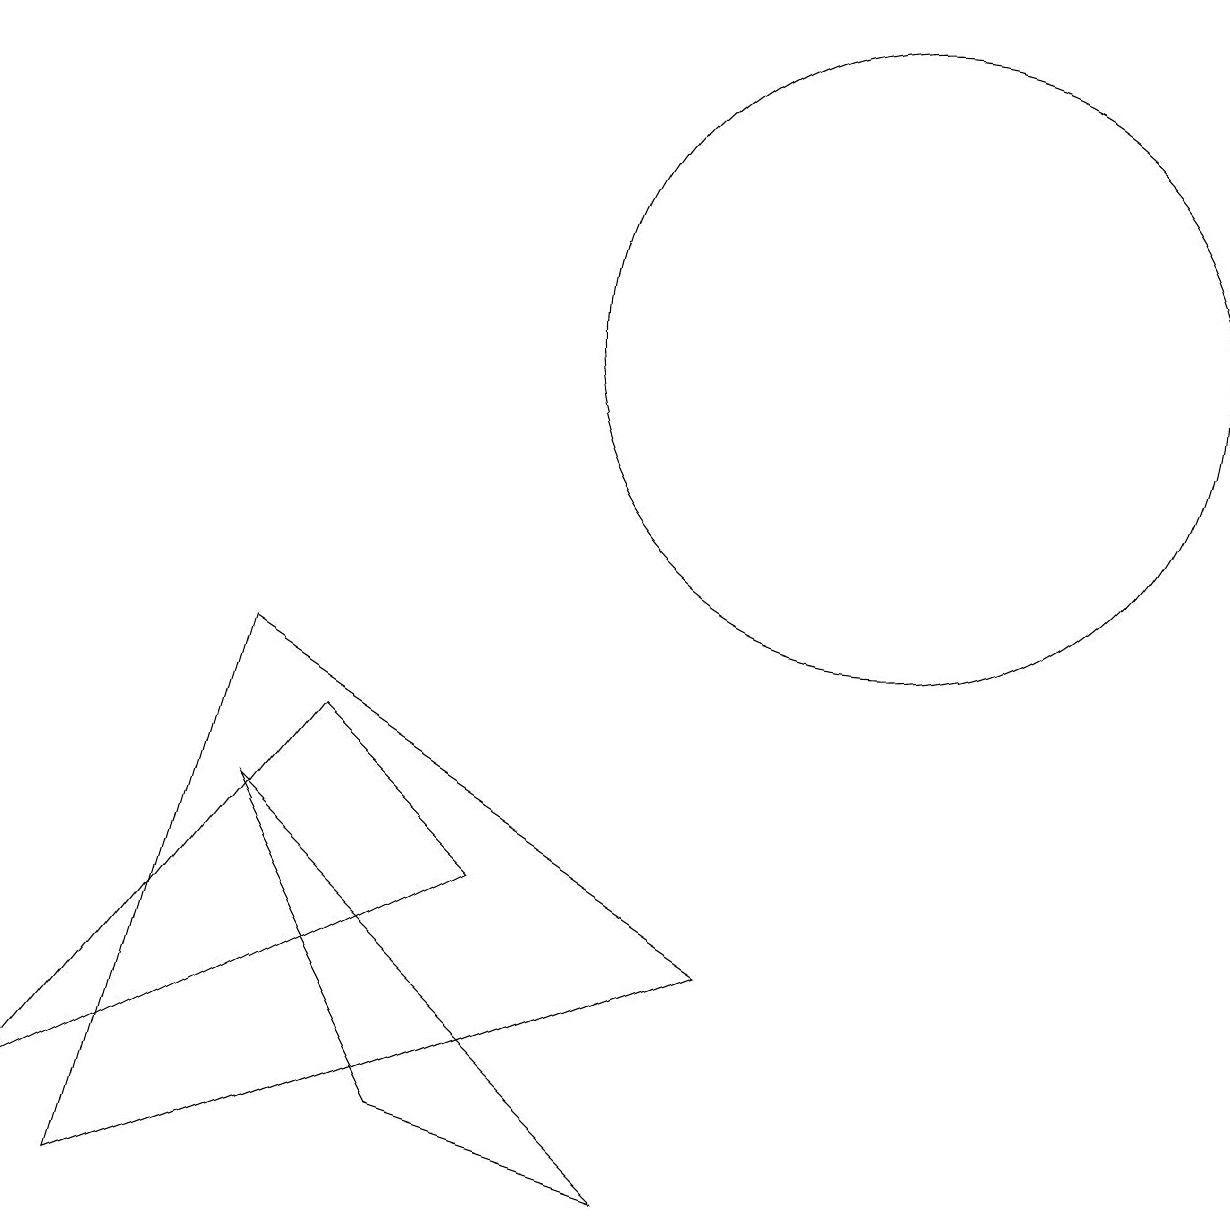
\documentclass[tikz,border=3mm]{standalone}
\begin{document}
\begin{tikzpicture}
\draw (6,5) -- (0,2) -- (4,7) -- cycle;
\draw (8,1) -- (3,6) -- (5,2) -- cycle;
\draw (9,4) -- (3,8) -- (1,1) -- cycle;
\draw (11,12) circle (4);
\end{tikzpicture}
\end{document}